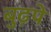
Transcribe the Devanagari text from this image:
बुढ़पे